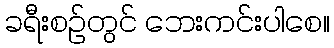
ခရီးစဉ်တွင် ဘေးကင်းပါစေ။